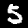
Label: 5